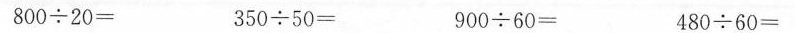
$$8 0 0 ÷ 2 0 =$$$$3 5 0 ÷ 5 0 =$$$$9 0 0 ÷ 6 0 =$$$$4 8 0 ÷ 6 0 =$$